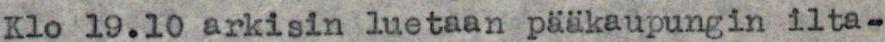
Klo 19.10 arkisin luetaan pääkaupungin ilta-